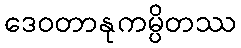
ဒေဝတာနုကမ္ပိတဿ